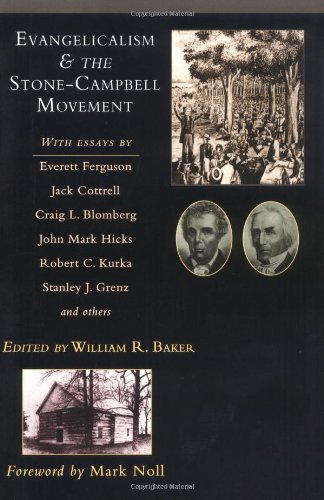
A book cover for Evangelicalism  the Stone-Campbell Movement; Christian Books & Bibles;